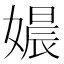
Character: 𮱗